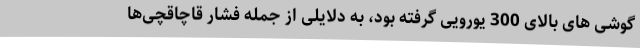
گوشی های بالای 300 یورویی گرفته بود، به دلایلی از جمله فشار قاچاقچی‌ها